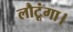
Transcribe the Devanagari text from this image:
लौटूंगा।